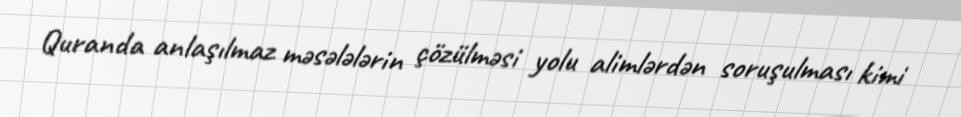
Quranda anlaşılmaz məsələlərin çözülməsi yolu alimlərdən soruşulması kimi